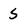
Character: S